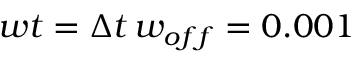
w t = \Delta t \, w _ { o f f } = 0 . 0 0 1